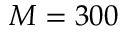
M = 3 0 0